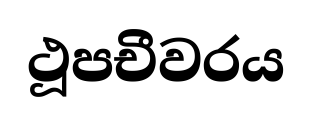
ථූපචීවරය